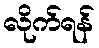
လိုက်ရန်